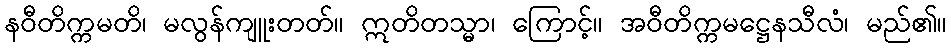
နဝီတိက္ကမတိ၊ မလွန်ကျူးတတ်။ ဣတိတသ္မာ၊ ကြောင့်။ အဝီတိက္ကမဋ္ဌေနသီလံ၊ မည်၏။